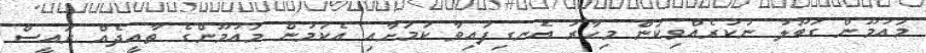
މައުމޫން ގަބޫލު ނުކުރެއްވިކަން މިހާރު އެނގިފައިވާ ކަމަށާއި އެކަމުން މައުމޫންގެ ތާއީދެއް ރައީސް